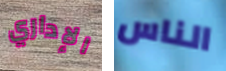
الإداري الناس